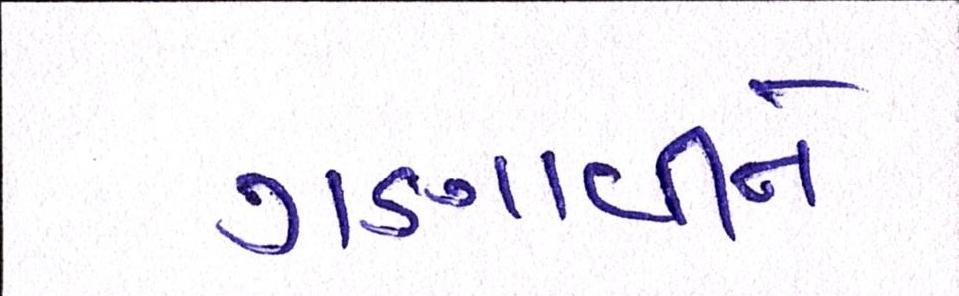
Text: ગણાવીને